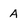
Character: A